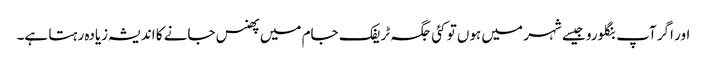
اور اگر آپ بنگلورو جیسے شہر میں ہوں تو کئی جگہ ٹریفک جام میں پھنس جانے کا اندیشہ زیادہ رہتا ہے۔